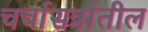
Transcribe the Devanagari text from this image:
चर्चासत्रांतील